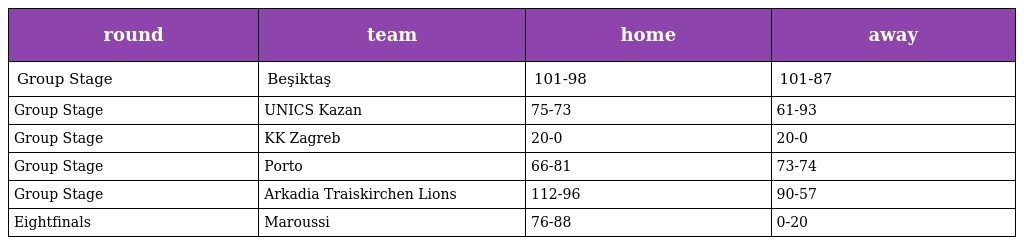
| round | team | home | away |
 | --- | --- | --- | --- |
 | Group Stage | Beşiktaş | 101-98 | 101-87 |
 | Group Stage | UNICS Kazan | 75-73 | 61-93 |
 | Group Stage | KK Zagreb | 20-0 | 20-0 |
 | Group Stage | Porto | 66-81 | 73-74 |
 | Group Stage | Arkadia Traiskirchen Lions | 112-96 | 90-57 |
 | Eightfinals | Maroussi | 76-88 | 0-20 |